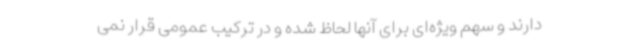
دارند و سهم ویژه‌ای برای آنها لحاظ شده و در ترکیب عمومی قرار نمی‌